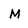
Character: M